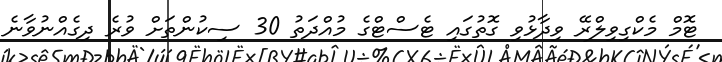
ޓޮމް މެކްގިވިލްރޭ ވިދާޅުވި ގޮތުގައި ޓެސްޓްގެ މުއްދަތު 30 ސިކުންތަށް ވުރެ ދިގެއްނުވާނެ